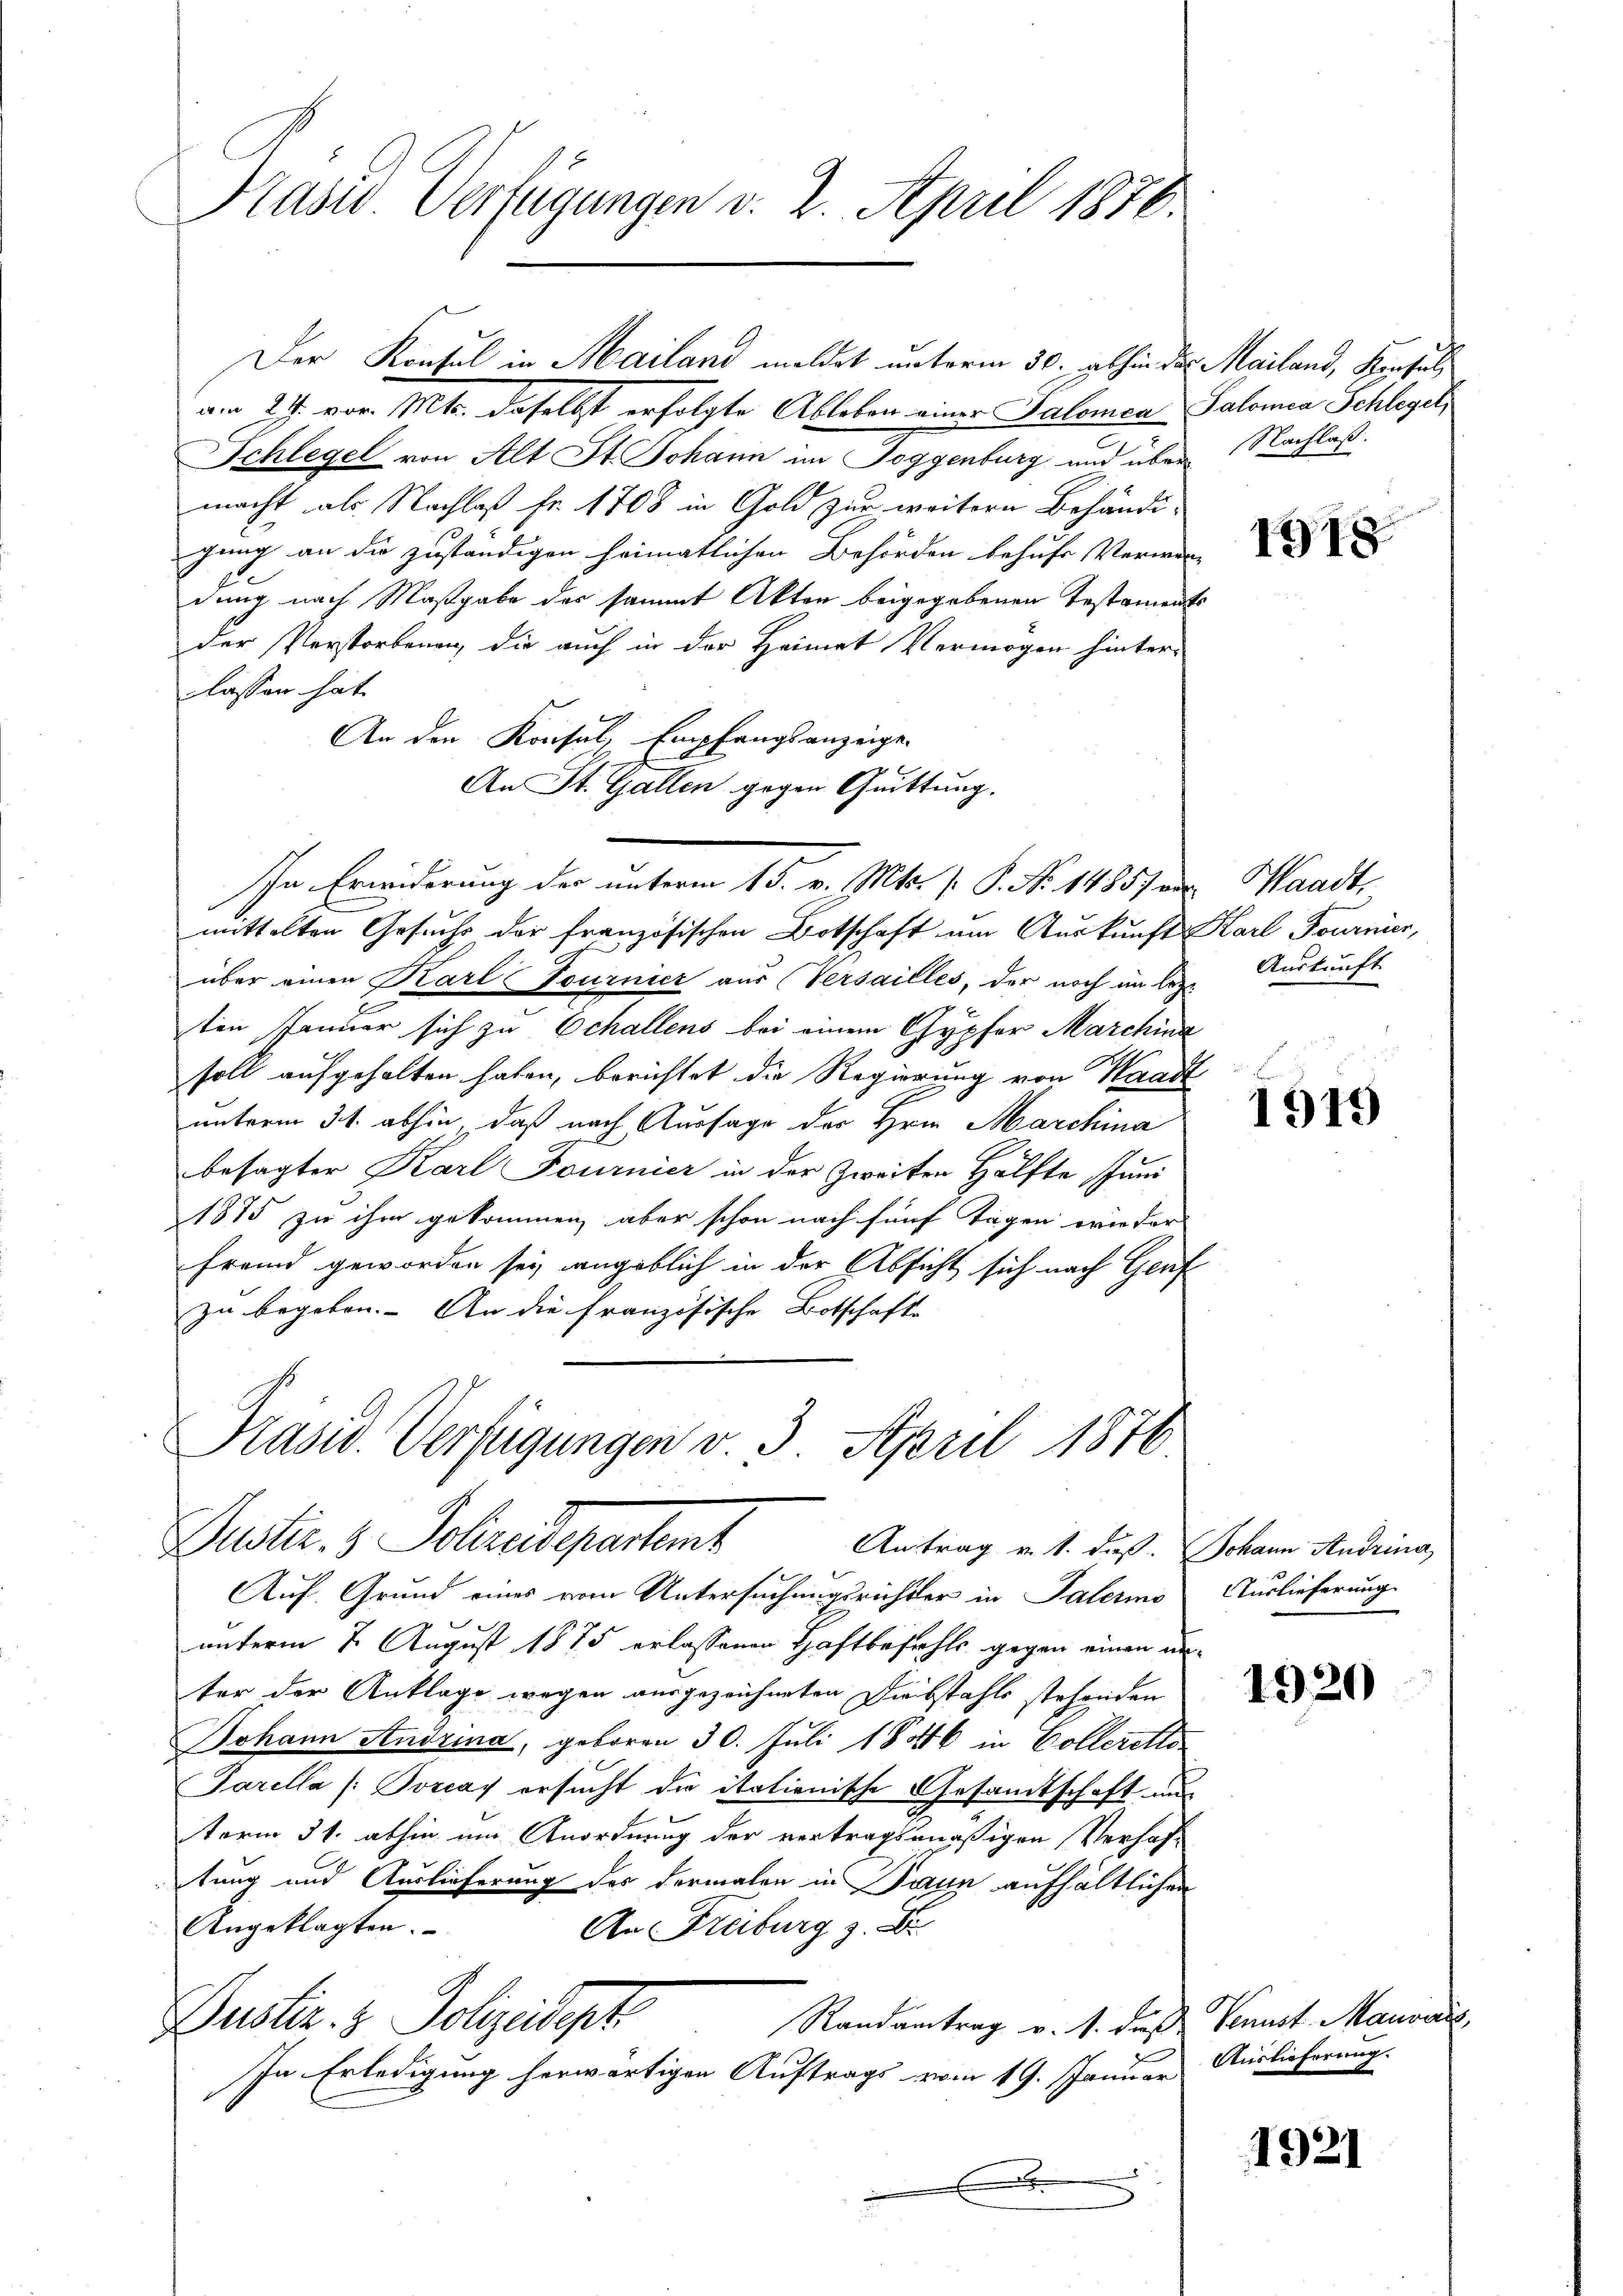
Kaswo Verfügungen v. 2. April 1876.

Der Konsul in Mailand meldet unterm 30. abhin des Mailand, Konsul
am 24. vor. Mts. daselbst erfolgte Ableben einer Salomon Salomea Schlegel,
Schlegel von Alt St. Johann im Toggenburg und über Nachlaß.
macht als Nachlaß fr. 1708 in Gold zur weitern Behändigung an die zuständigen heimatlichen Behörden behufe, Verwen-
dung nach Maßgabe der sammt Akten beigegebenen Testaments
der Verstorbenen, die auch in der Heimat Vermögen hinter-
lassen hat.
An den Konsul, Empfangsanzeige
An St. Gallen gegen Quittung.
mittelten Gesuchs der französischen Botschaft am Auskunft Karl Tournier,
über einen Karl Tournicz aus Versailles, der noch im lez- Auskunft
ten Januar sich zu Echallens bei einem Gypfer Marchina
soll aufgehalten haben, berichtet die Regierung von Waadt
unterm 31. abhin, daß nach Aussage der Hrn. Marchina
besagter Karl Fournier in der zweiten Hälfte Juni
1875 zu ihm gekommen, aber schon nach fünf Tagen wie der
Fremd geworden sey angeblich in der Absicht sich nach Genf
zu begeben. – An die französische Botschafte
Präsid. Verfügungen v. 3. April 1876
Justiz- & Schaudepartent
Antrag v. 1. dieß. Johann Andrina
Auf Grund eines vom Untersuchungsrichter in Palermo
unterm 2. August 1875 erlassenen Haftbefahls gegen einen un-
ter der Anklage wegen ausgezeichneten Diebstahls stehenden
Johann Andrina, geboren 30. Juli 18846 in Colleretto
Tarella (Porcas ersucht die itationische Gesandtschaft aus
term 31. abhin um Anordnung der vertragsmäßigen Verhaf-
tung und Auslieferung des dermalen in Dann aufhältlichen
Angeklagten.
An Freiburg z. B.
l.
Randantrag v. 1. daß Venust Mauvais,
Dustiz & Polizeidept
In Erledigung herwärtigen Auftrags vom 19. Januar
.

In Erwiderung der unterm 15. v. Mts. v. P. Nr. 14857 u. Waadt,

1918

1919

Auslieferung

1920

Auslieferung.

1921